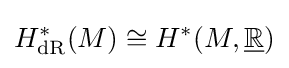
H_{\mathrm {dR} }^{*}(M)\cong H^{*}(M,{\underline {\mathbb {R} }})